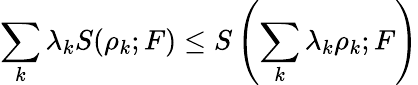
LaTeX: \sum_{k}\lambda_{k}S(\rho_{k};F)\le S\left(\sum_{k}\lambda_{k}\rho_{k};F\right)